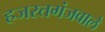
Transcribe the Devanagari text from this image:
हजरतगंजवाले